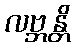
လဗ္ဘန္တိ